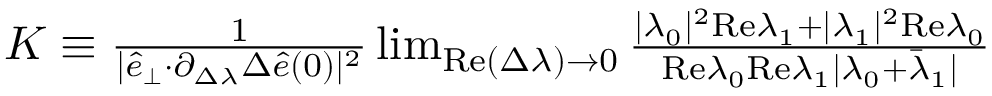
\begin{array} { r } { K \equiv \frac { 1 } { \vert \hat { e } _ { \perp } { \cdot } \partial _ { \Delta \lambda } \Delta \hat { e } ( 0 ) \vert ^ { 2 } } \operatorname* { l i m } _ { \mathrm { R e } ( \Delta \lambda ) \rightarrow 0 } \frac { \vert \lambda _ { 0 } \vert ^ { 2 } \mathrm { R e } \lambda _ { 1 } + \vert \lambda _ { 1 } \vert ^ { 2 } \mathrm { R e } \lambda _ { 0 } } { \mathrm { R e } \lambda _ { 0 } \mathrm { R e } \lambda _ { 1 } \vert \lambda _ { 0 } + \bar { \lambda } _ { 1 } \vert } } \end{array}